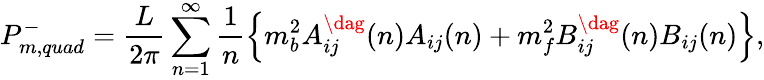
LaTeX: P_{m,quad}^{-}=\frac{L}{2\pi}\sum_{n=1}^{\infty}\frac{1}{n}\left\{ m_{b}^{2}A_{ij}^{\dag}(n)A_{ij}(n)+m_{f}^{2}B_{ij}^{\dag}(n)B_{ij}(n)\right\} ,